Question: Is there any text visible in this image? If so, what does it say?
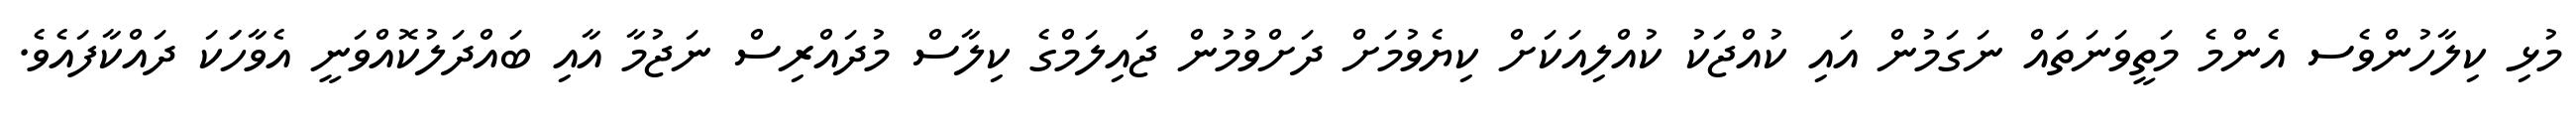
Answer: މުޅި ކިލާހުންވެސ އެންމެ މަތީވަނަތައް ނަގަމުން އައި ކުއްޖަކު ކުއްލިއަކަށް ކިޔެވުމަށް ދަށްވުމުން ޖައިލަމްގެ ކިލާސް މުދައްރިސް ނަޖުމާ އާއި ބައްދަލުކޮއްވަނީ އެވާހަަކަ ދައްކާފައެވެ.